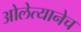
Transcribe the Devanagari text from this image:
ओलेत्यानेच